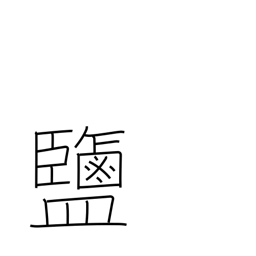
Meaning: salt